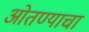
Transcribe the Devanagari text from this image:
ओतण्याचा